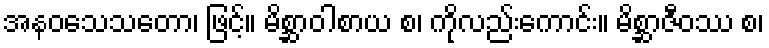
အနဝသေသတော၊ ဖြင့်။ မိစ္ဆာဝါစာယ စ၊ ကိုလည်းကောင်း။ မိစ္ဆာဇီဝဿ စ၊